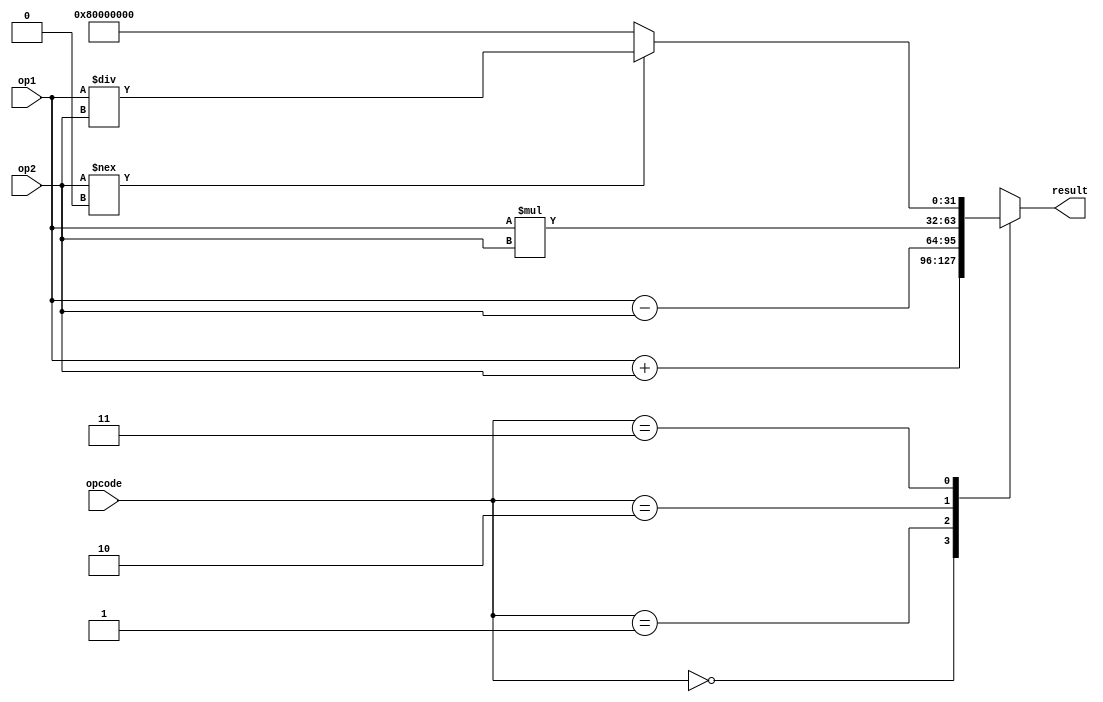
module floating_point_unit(
    input wire [31:0] op1,
    input wire [31:0] op2,
    input wire [1:0] opcode,
    output reg [31:0] result
);

always @(*)
begin
    case(opcode)
        2'b00: result = op1 + op2; // Addition
        2'b01: result = op1 - op2; // Subtraction
        2'b10: result = op1 * op2; // Multiplication
        2'b11: if(op2 !== 0) result = op1 / op2; // Division
               else result = 32'h80000000; // Handling division by zero
    endcase
end

endmodule